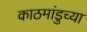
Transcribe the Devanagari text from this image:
काठमांडुच्या